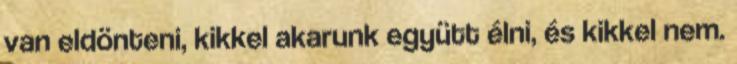
van eldönteni, kikkel akarunk együtt élni, és kikkel nem.